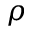
\rho